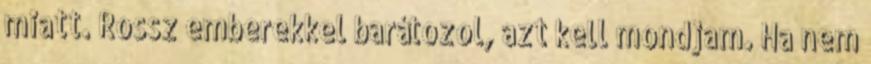
miatt. Rossz emberekkel barátozol, azt kell mondjam. Ha nem